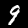
Digit: 9